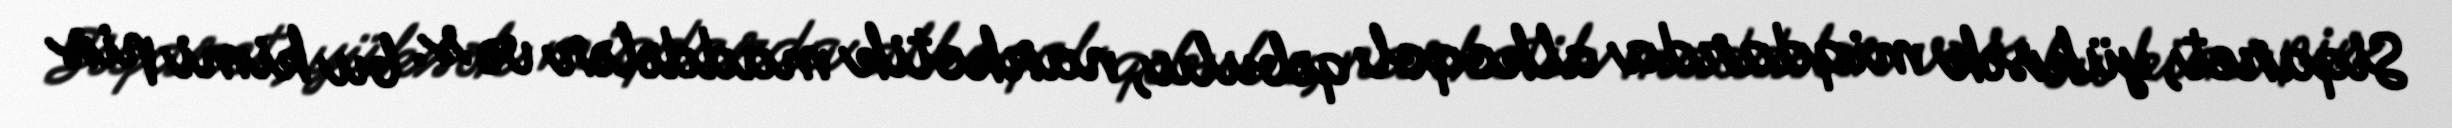
Siqaret, yüksək miqdarda alkoqol qəbulu, narkotik maddələr və s. bu kimi pis